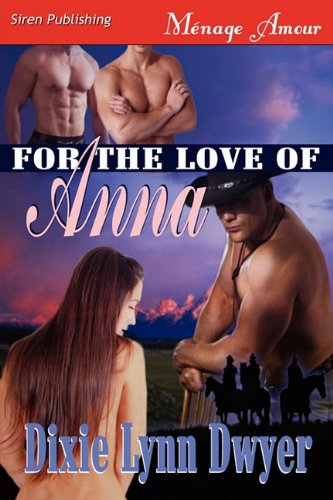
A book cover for For the Love of Anna (Siren Publishing Menage Amour); Dixie Lynn Dwyer; Romance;